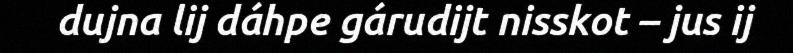
dujna lij dáhpe gárudijt nisskot – jus ij